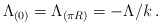
\begin{align*}\Lambda_{(0)}=\Lambda_{(\pi R)}=-\Lambda/k\, .\end{align*}